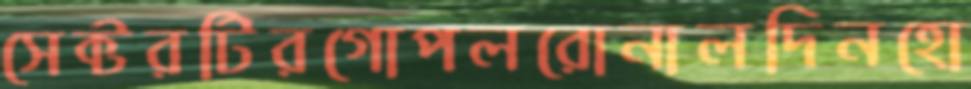
সেক্টরটিরগোপলরোনালদিনহো